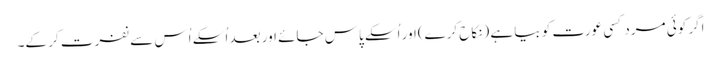
اگر کوئی مرد کسی عورت کو بیا ہے (نکاح کرے)اور اُسکے پاس جائے اور بعد اُسکے اُس سے نفرت کر کے۔